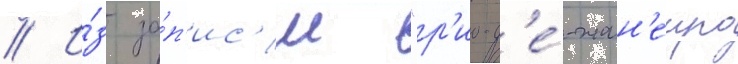
// И́з за́п'ис'и "р'ио-д'е́-жан'еиро